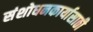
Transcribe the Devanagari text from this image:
संशोधनकार्यासाठी